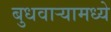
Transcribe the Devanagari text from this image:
बुधवार्‍यामध्ये